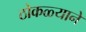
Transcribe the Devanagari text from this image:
ठोकळ्याने